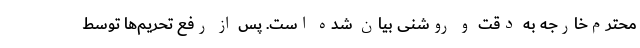
محترم‌خارجه به دقت و روشنی بیان شده است. پس از رفع تحریم‌ها توسط